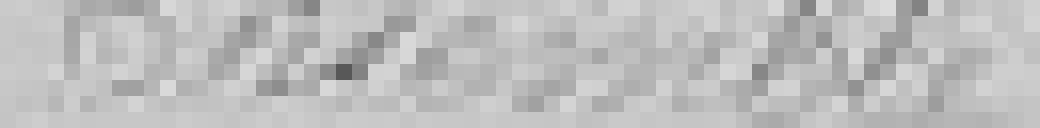
Ensemble